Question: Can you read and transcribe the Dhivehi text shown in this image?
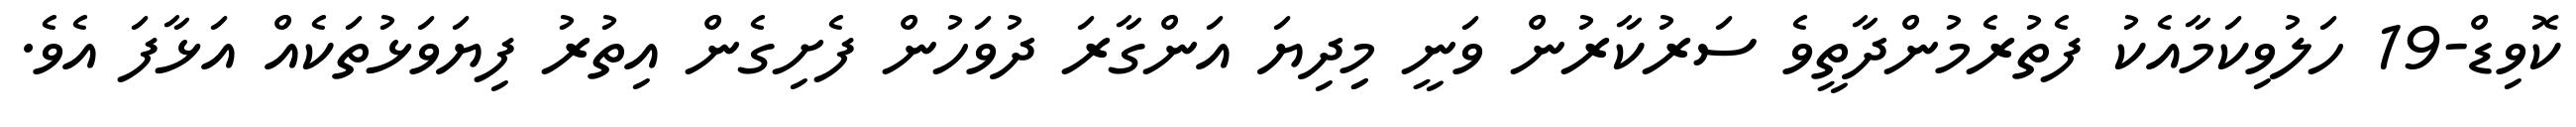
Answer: ކޮވިޑް-19 ހަލުވިކަމާއެކު ފެތުރެމުންދާތީވެ ސަރުކާރުން ވަނީ މިިދިޔަ އަންގާރަ ދުވަހުން ފެށިގެން އިތުރު ފިޔަވަޅުތަކެއް އަޅާފަ އެވެ.